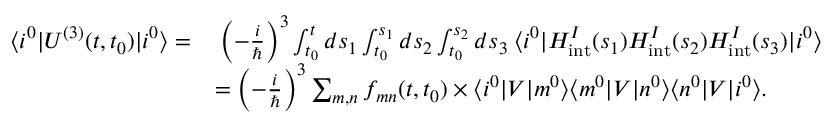
\begin{array} { r l } { \langle i ^ { 0 } \lvert U ^ { ( 3 ) } ( t , t _ { 0 } ) \lvert i ^ { 0 } \rangle = } & { \: \left( - \frac { i } { \hbar } \right) ^ { 3 } \int _ { t _ { 0 } } ^ { t } d s _ { 1 } \int _ { t _ { 0 } } ^ { s _ { 1 } } d s _ { 2 } \int _ { t _ { 0 } } ^ { s _ { 2 } } d s _ { 3 } \: \langle i ^ { 0 } \lvert H _ { \mathrm { i n t } } ^ { I } ( s _ { 1 } ) H _ { \mathrm { i n t } } ^ { I } ( s _ { 2 } ) H _ { \mathrm { i n t } } ^ { I } ( s _ { 3 } ) \lvert i ^ { 0 } \rangle } \\ & { = \left( - \frac { i } { \hbar } \right) ^ { 3 } \sum _ { m , n } f _ { m n } ( t , t _ { 0 } ) \times \langle i ^ { 0 } \lvert V \lvert m ^ { 0 } \rangle \langle m ^ { 0 } \lvert V \lvert n ^ { 0 } \rangle \langle n ^ { 0 } \lvert V \lvert i ^ { 0 } \rangle . } \end{array}